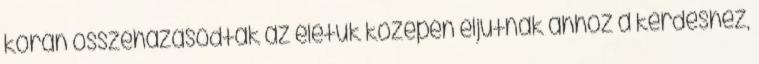
korán összeházasodtak az életük közepén eljutnak ahhoz a kérdéshez,